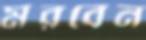
মরবেন